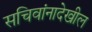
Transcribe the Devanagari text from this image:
सचिवांनादेखील